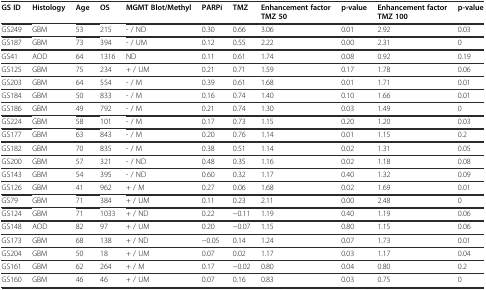
<table><thead><tr><td><b>GS ID</b></td><td><b>Histology</b></td><td><b>Age</b></td><td><b>OS</b></td><td><b>MGMT Blot/Methyl</b></td><td><b>PARPi</b></td><td><b>TMZ</b></td><td><b>Enhancement factor TMZ 50</b></td><td><b>p-value</b></td><td><b>Enhancement factor TMZ 100</b></td><td><b>p-value</b></td></tr></thead><tbody><tr><td>GS249</td><td>GBM</td><td>53</td><td>215</td><td>- / ND</td><td>0.30</td><td>0.66</td><td>3.06</td><td>0.01</td><td>2.92</td><td>0.03</td></tr><tr><td>GS187</td><td>GBM</td><td>73</td><td>394</td><td>- / UM</td><td>0.12</td><td>0.55</td><td>2.22</td><td>0.00</td><td>2.31</td><td>0</td></tr><tr><td>GS41</td><td>AOD</td><td>64</td><td>1316</td><td>ND</td><td>0.11</td><td>0.61</td><td>1.74</td><td>0.08</td><td>0.92</td><td>0.19</td></tr><tr><td>GS125</td><td>GBM</td><td>75</td><td>234</td><td>+ / UM</td><td>0.21</td><td>0.71</td><td>1.59</td><td>0.17</td><td>1.78</td><td>0.06</td></tr><tr><td>GS203</td><td>GBM</td><td>64</td><td>554</td><td>- / M</td><td>0.39</td><td>0.61</td><td>1.68</td><td>0.01</td><td>1.71</td><td>0.01</td></tr><tr><td>GS184</td><td>GBM</td><td>50</td><td>833</td><td>- / M</td><td>0.16</td><td>0.74</td><td>1.40</td><td>0.10</td><td>1.66</td><td>0.01</td></tr><tr><td>GS186</td><td>GBM</td><td>49</td><td>792</td><td>- / M</td><td>0.21</td><td>0.74</td><td>1.30</td><td>0.03</td><td>1.49</td><td>0</td></tr><tr><td>GS224</td><td>GBM</td><td>58</td><td>101</td><td>- / M</td><td>0.17</td><td>0.73</td><td>1.15</td><td>0.20</td><td>1.20</td><td>0.03</td></tr><tr><td>GS177</td><td>GBM</td><td>63</td><td>843</td><td>- / M</td><td>0.20</td><td>0.76</td><td>1.14</td><td>0.01</td><td>1.15</td><td>0.2</td></tr><tr><td>GS182</td><td>GBM</td><td>70</td><td>835</td><td>- / M</td><td>0.38</td><td>0.51</td><td>1.14</td><td>0.02</td><td>1.31</td><td>0.05</td></tr><tr><td>GS200</td><td>GBM</td><td>57</td><td>321</td><td>- / ND</td><td>0.48</td><td>0.35</td><td>1.16</td><td>0.02</td><td>1.18</td><td>0.08</td></tr><tr><td>GS143</td><td>GBM</td><td>54</td><td>395</td><td>- / ND</td><td>0.60</td><td>0.32</td><td>1.17</td><td>0.40</td><td>1.32</td><td>0.09</td></tr><tr><td>GS126</td><td>GBM</td><td>41</td><td>962</td><td>+ / M</td><td>0.27</td><td>0.06</td><td>1.68</td><td>0.02</td><td>1.69</td><td>0.01</td></tr><tr><td>GS79</td><td>GBM</td><td>71</td><td>384</td><td>+ / UM</td><td>0.11</td><td>0.23</td><td>2.11</td><td>0.00</td><td>2.48</td><td>0</td></tr><tr><td>GS124</td><td>GBM</td><td>71</td><td>1033</td><td>+ / ND</td><td>0.22</td><td>−0.11</td><td>1.19</td><td>0.40</td><td>1.19</td><td>0.06</td></tr><tr><td>GS148</td><td>AOD</td><td>82</td><td>97</td><td>+ / UM</td><td>0.20</td><td>−0.07</td><td>1.15</td><td>0.80</td><td>1.15</td><td>0.06</td></tr><tr><td>GS173</td><td>GBM</td><td>68</td><td>138</td><td>+ / ND</td><td>−0.05</td><td>0.14</td><td>1.24</td><td>0.07</td><td>1.73</td><td>0.01</td></tr><tr><td>GS204</td><td>GBM</td><td>50</td><td>18</td><td>+ / UM</td><td>0.07</td><td>0.02</td><td>1.17</td><td>0.03</td><td>1.17</td><td>0.04</td></tr><tr><td>GS161</td><td>GBM</td><td>62</td><td>264</td><td>+ / M</td><td>0.17</td><td>−0.02</td><td>0.80</td><td>0.04</td><td>0.80</td><td>0.2</td></tr><tr><td>GS160</td><td>GBM</td><td>46</td><td>46</td><td>+ / UM</td><td>0.07</td><td>0.16</td><td>0.83</td><td>0.03</td><td>0.75</td><td>0</td></tr></tbody></table>